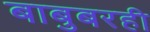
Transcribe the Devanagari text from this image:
बाबुबरही